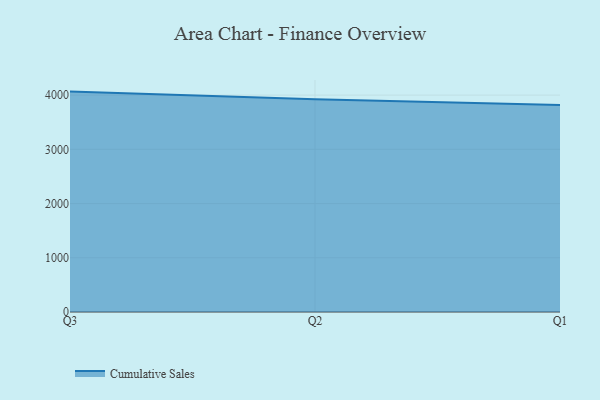
{"axis": {"x": "Quarter", "y": "Tickets Resolved"}, "legend": ["Cumulative Sales"], "data": [{"x": "Q3", "y": 4065.2, "type": "Cumulative Sales"}, {"x": "Q2", "y": 3924.8, "type": "Cumulative Sales"}, {"x": "Q1", "y": 3819.5, "type": "Cumulative Sales"}]}